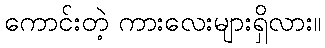
ကောင်းတဲ့ ကားလေးများရှိလား။